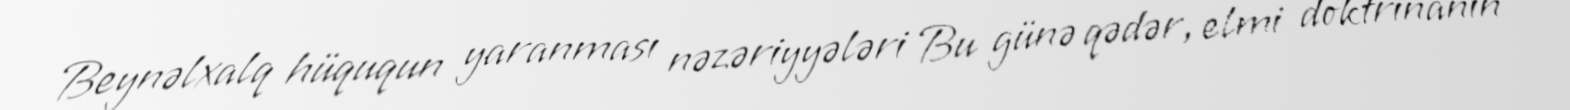
Beynəlxalq hüququn yaranması nəzəriyyələri Bu günə qədər, elmi doktrinanın